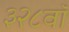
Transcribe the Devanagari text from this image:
३२८वॉ